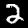
Label: 2